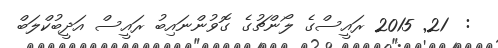
:  21